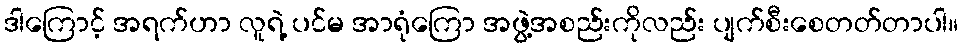
ဒါကြောင့် အရက်ဟာ လူရဲ့ ပင်မ အာရုံကြော အဖွဲ့အစည်းကိုလည်း ပျက်စီးစေတတ်တာပါ။